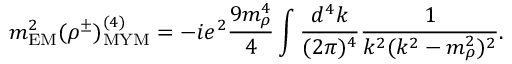
m _ { \mathrm { E M } } ^ { 2 } ( \rho ^ { \pm } ) _ { \mathrm { M Y M } } ^ { ( 4 ) } = - i e ^ { 2 } \frac { 9 m _ { \rho } ^ { 4 } } { 4 } \int \frac { d ^ { 4 } k } { ( 2 \pi ) ^ { 4 } } \frac { 1 } { k ^ { 2 } ( k ^ { 2 } - m _ { \rho } ^ { 2 } ) ^ { 2 } } .